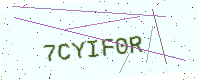
Text: 7CYIF0R